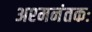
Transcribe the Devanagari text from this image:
अश्‍मनंतकः